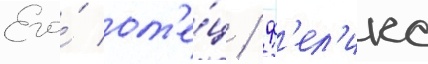
Его́ от'е́ц / ф'ел'икс